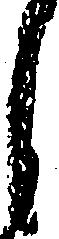
し